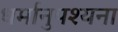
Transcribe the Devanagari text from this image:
धर्मानुपश्यना